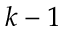
k - 1